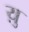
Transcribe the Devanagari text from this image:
य़ु